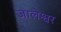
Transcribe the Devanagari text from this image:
जालेश्वर